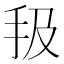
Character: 𢪳